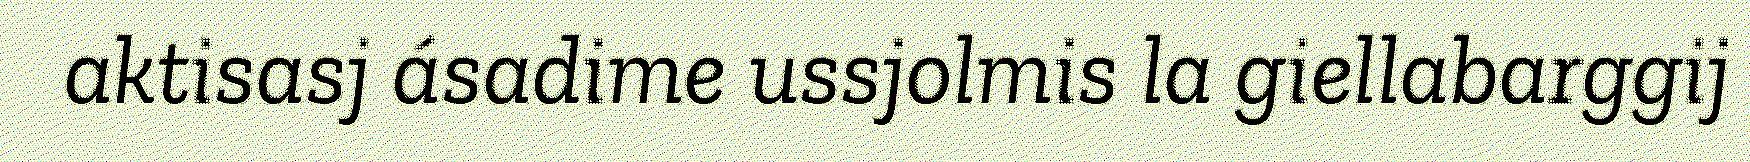
aktisasj ásadime ussjolmis la giellabarggij